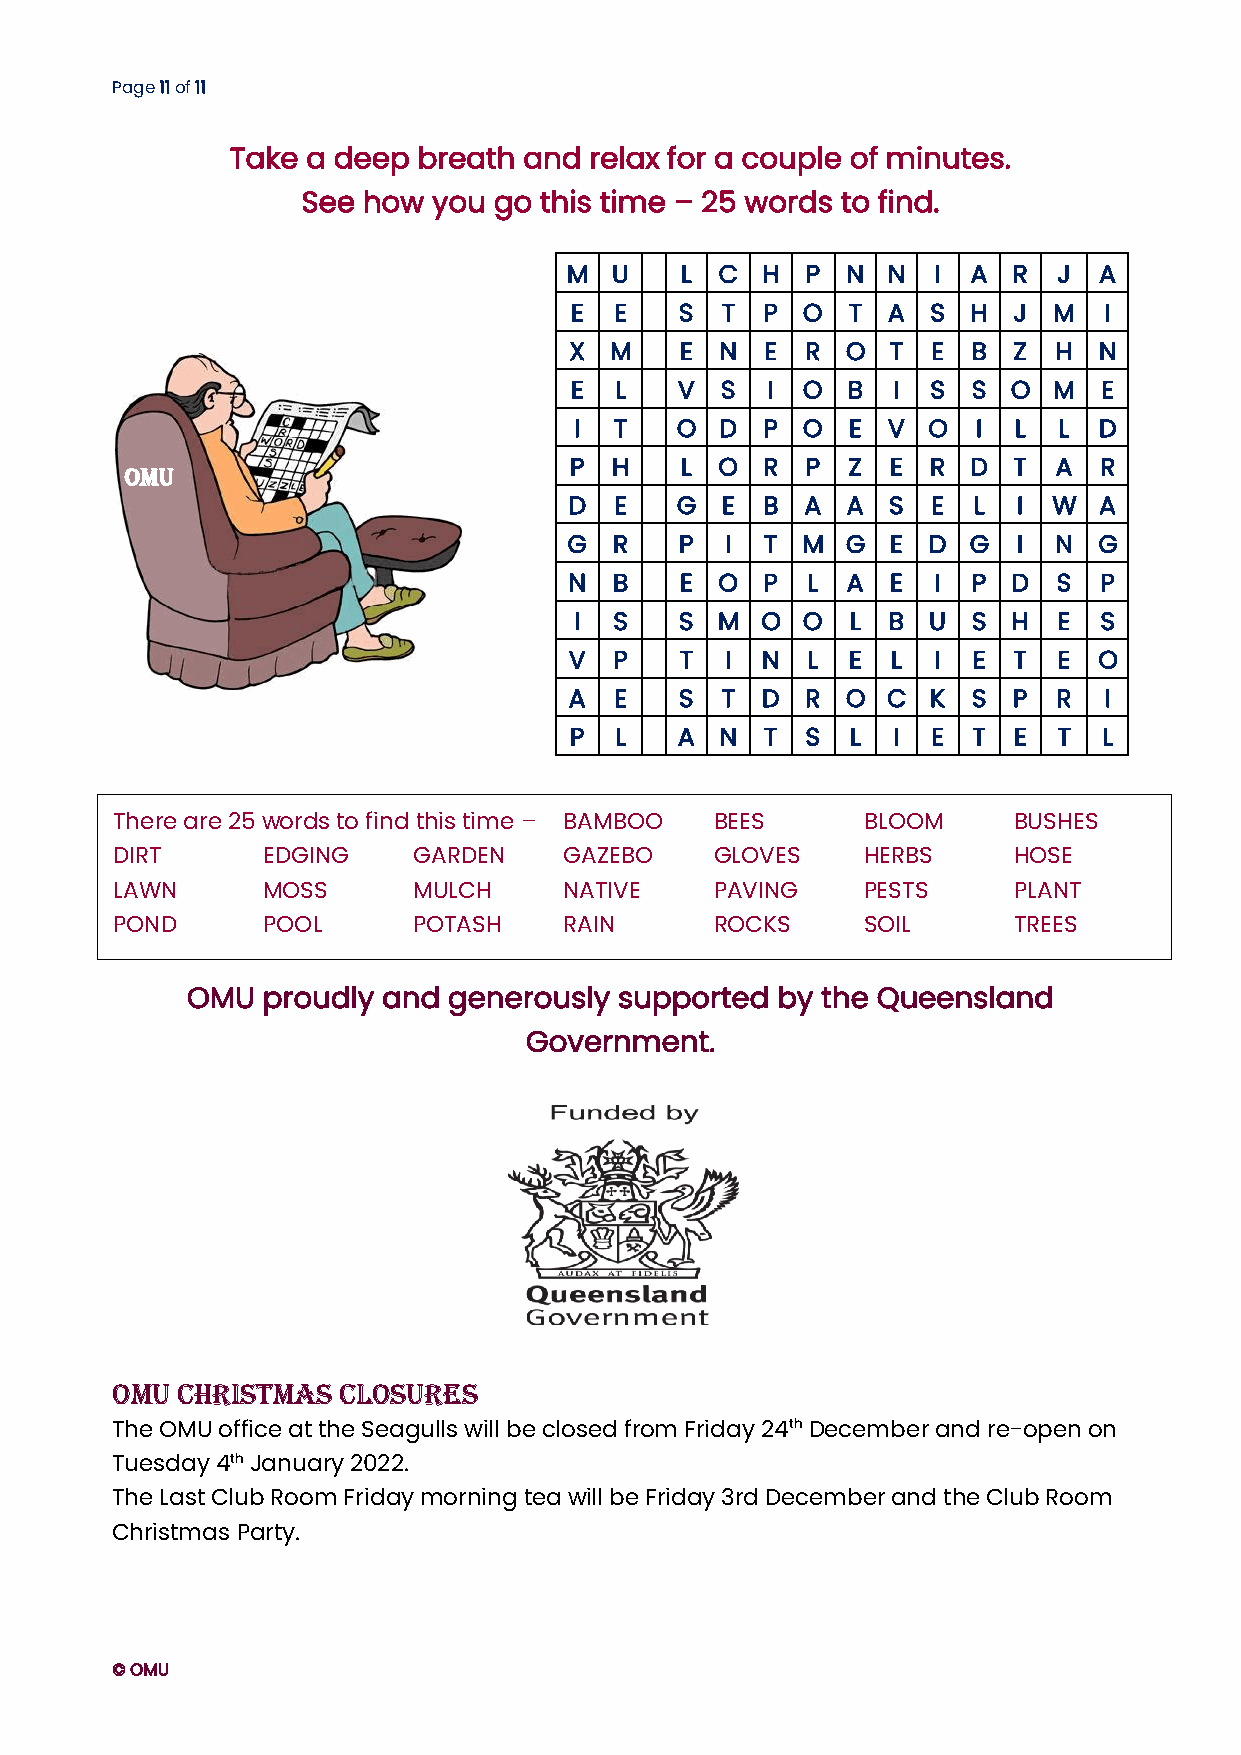
Page 11 of 11
 Take a deep  breath and relax for a couple of minutes.
 See how  you go this time – 25 words to find.
 M U    L  C H  P  N  N  I A  R  J  A
 E  E   S  T  P O  T  A  S H  J  M  I
 X M    E  N  E R  O  T  E B  Z  H  N
 E  L   V  S  I O  B  I  S S  O  M  E
 I  T   O  D  P O  E  V O   I L  L  D
 P H    L  O R  P  Z  E  R D  T  A  R
 OMU
 D  E   G  E B  A  A  S  E L  I  W  A
 G  R   P  I  T M  G  E D  G  I  N  G
 N  B   E  O  P L  A  E  I P  D  S  P
 I  S   S  M O  O  L  B U  S  H  E  S
 V  P   T  I N  L  E  L  I E  T  E  O
 A  E   S  T D  R  O  C  K S  P  R  I
 P  L   A  N  T S  L  I  E T  E  T  L
 There are 25 words to find this time – BAMB OO BEES BLOOM   BUSHES
 DIRT      EDGING    GARDEN    GAZEBO    GLOVES    HERBS     HOSE
 LAWN      MOSS      MULCH     NATIVE    PAVING    PESTS     PLANT
 POND      POOL      POTASH    RAIN      ROCKS     SOIL      TREES
 OMU  proudly and  generously supported by the Queensland
 Government.
 OMU  CHRISTMAS CLOSURES
 The OMU office at the Seagulls will be closed from Friday 24th December and re-open on
 Tuesday 4th January 2022.
 The Last Club Room Friday morning tea will be Friday 3rd December and the Club Room
 Christmas Party.
 © OMU